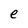
Character: e